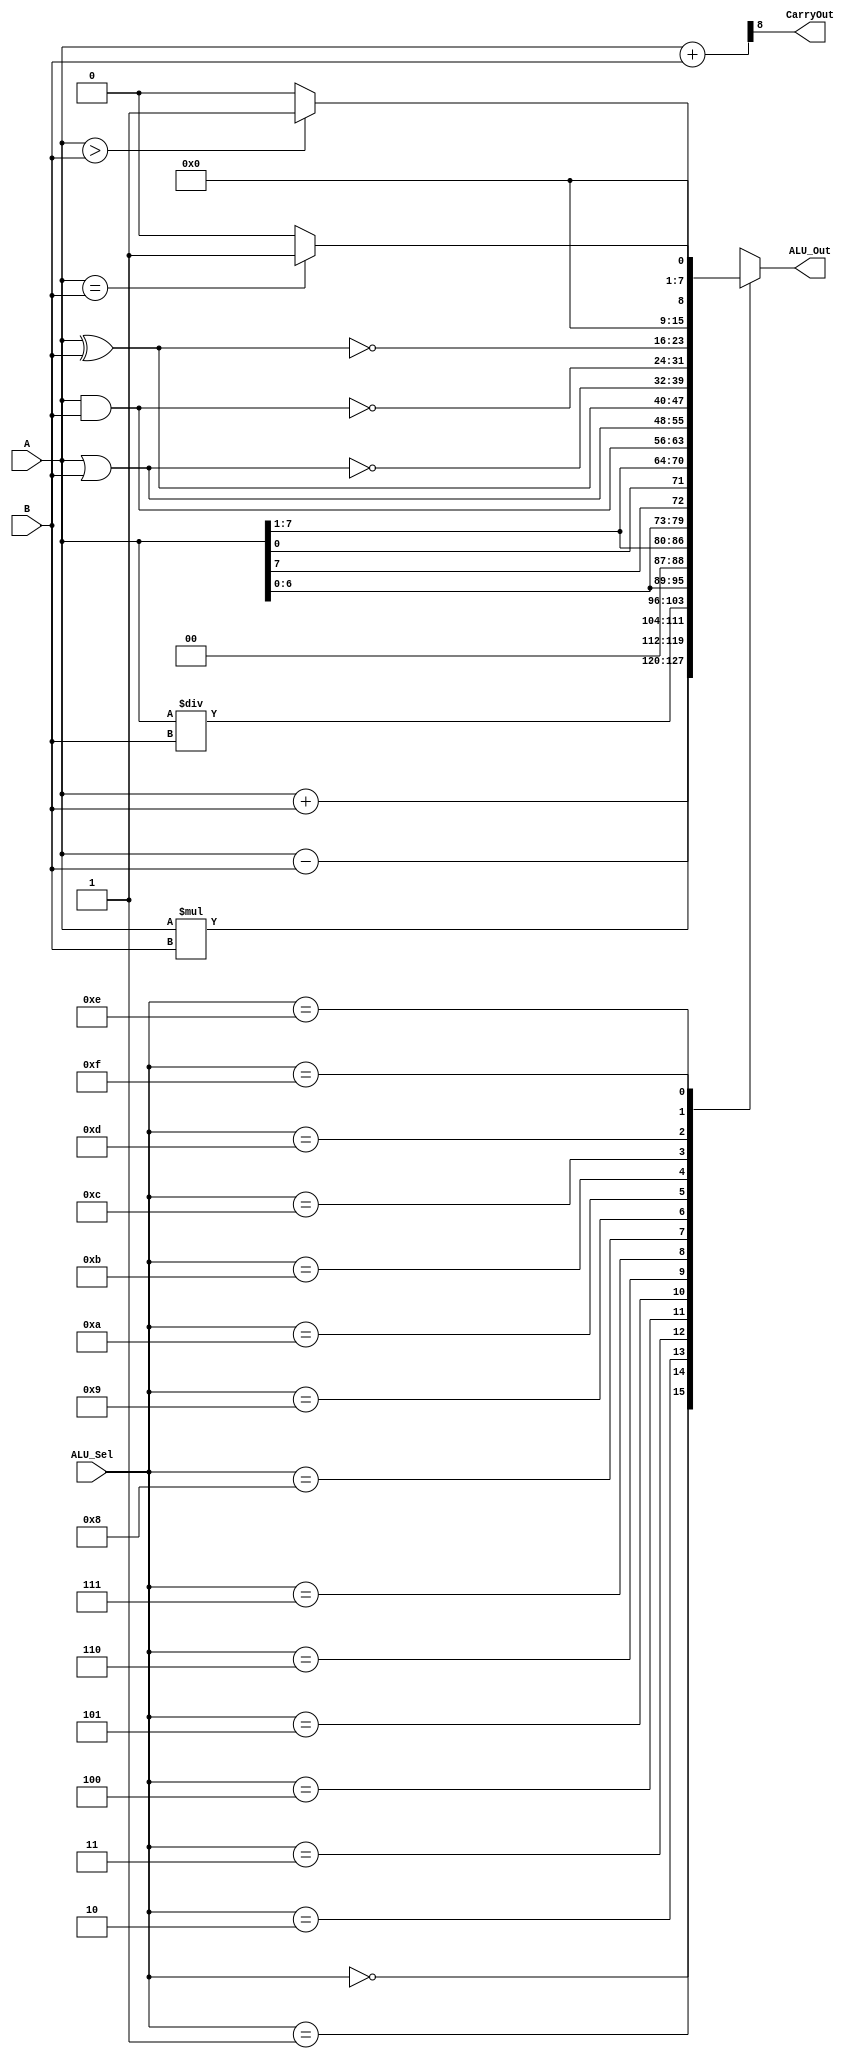
module alu(
           input [7:0] A,B,  // ALU 8-bit Inputs                 
           input [3:0] ALU_Sel,// ALU Selection
           output [7:0] ALU_Out, // ALU 8-bit Output
           output CarryOut // Carry Out Flag
    );
    reg [7:0] ALU_Result;
    wire [8:0] tmp;
    assign ALU_Out = ALU_Result; // ALU out
    assign tmp = {1'b0,A} + {1'b0,B};
    assign CarryOut = tmp[8]; // Carryout flag
    always @(*)
    begin
        case(ALU_Sel)
        4'b0000: // Addition
           ALU_Result = A + B ; 
        4'b0001: // Subtraction
           ALU_Result = A - B ;
        4'b0010: // Multiplication
           ALU_Result = A * B;
        4'b0011: // Division
           ALU_Result = A/B;
        4'b0100: // Logical shift left
           ALU_Result = A<<1;
         4'b0101: // Logical shift right
           ALU_Result = A>>1;
         4'b0110: // Rotate left
           ALU_Result = {A[6:0],A[7]};
         4'b0111: // Rotate right
           ALU_Result = {A[0],A[7:1]};
          4'b1000: //  Logical and 
           ALU_Result = A & B;
          4'b1001: //  Logical or
           ALU_Result = A | B;
          4'b1010: //  Logical xor 
           ALU_Result = A ^ B;
          4'b1011: //  Logical nor
           ALU_Result = ~(A | B);
          4'b1100: // Logical nand 
           ALU_Result = ~(A & B);
          4'b1101: // Logical xnor
           ALU_Result = ~(A ^ B);
          4'b1110: // Greater comparison
           ALU_Result = (A>B)?8'd1:8'd0 ;
          4'b1111: // Equal comparison   
            ALU_Result = (A==B)?8'd1:8'd0 ;
          default: ALU_Result = A + B ; 
        endcase
    end

endmodule